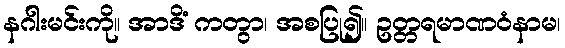
နဂါးမင်းကို။ အာဒိံ ကတွာ၊ အစပြု၍။ ဥတ္တရမာဏဝံနာမ၊